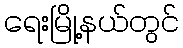
ရေးမြို့နယ်တွင်